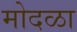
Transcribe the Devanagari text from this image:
मोदळा